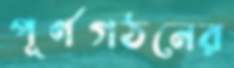
পূর্ণগঠনের